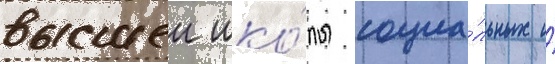
высшеи шко́лы социа́льных и́